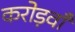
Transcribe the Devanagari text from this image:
करोड़वाँ